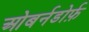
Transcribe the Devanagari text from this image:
ओबर्नडोर्फ़